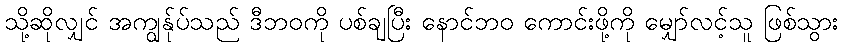
သို့ဆိုလျှင် အကျွန်ုပ်သည် ဒီဘဝကို ပစ်ချပြီး နောင်ဘဝ ကောင်းဖို့ကို မျှော်လင့်သူ ဖြစ်သွား